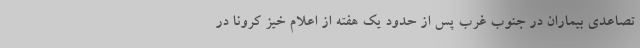
تصاعدی بیماران در جنوب غرب پس از حدود یک هفته از اعلام خیز کرونا در